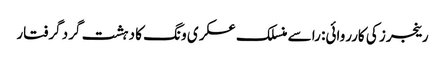
رینجرز کی کارروائی: را سے منسلک عسکری ونگ کا دہشت گرد گرفتار